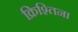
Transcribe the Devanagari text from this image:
क्रिश्तिना